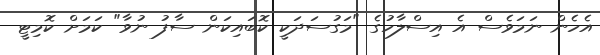
އެހެން ނަމަވެސް އެ އިސްލާހުގެ "މަގުސަދަކީ ކޮބައިކަން ސާފު ނުވާ" ކަމަށް ކޮމިޓީ